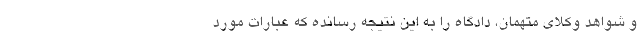
و شواهد وکلای متهمان، دادگاه را به این نتیجه رسانده که عبارات مورد